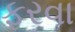
ફરવા